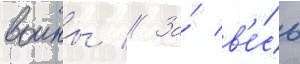
воины // За́ в'е́сь